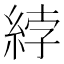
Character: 綍